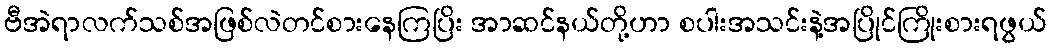
ဗီအဲရာလက်သစ်အဖြစ်လဲတင်စားနေကြပြိး အာဆင်နယ်တို့ဟာ စပါးအသင်းနဲ့အပြိုင်ကြိုးစားရဖွယ်